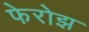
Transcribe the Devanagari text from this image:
फेरोझ